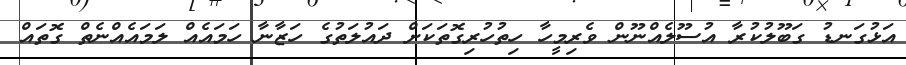
އަޅުގަނޑު ގަބޫލުކުރާ އުސޫލެއްނޫން ވެރިމީހާ ހިތުހުރިގޮތަކަށް ދައުލަތުގެ ހަޒާނާ ހަމައެއް ލަމައެއްނެތް ގޮތައް